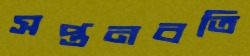
সপ্তনবতি